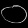
Digit: ၀